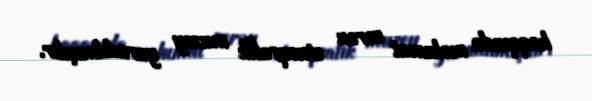
haqqında məlumat verən etnoqrafik muzey yaradılmışdır.